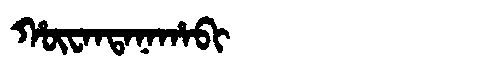
Manchu: ᡥᡡᠸᠠᠨᡨᠠᠨᠠᡥᠠᠪᡳ
Romanization: HŪWANTANAHABI